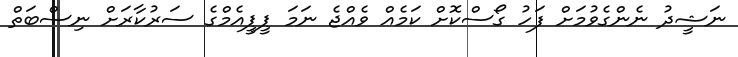
ނަޝީދު ނެންގެވުމަށް ފަހު ގޯސްކޮށް ކަމެއް ވެއްޖެ ނަމަ ޕީޕީއެމްގެ ސަރުކާރަށް ނިސްބަތް